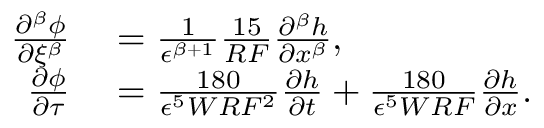
\begin{array} { r l } { \frac { \partial ^ { \beta } \phi } { \partial \xi ^ { \beta } } } & { { } = \frac { 1 } { \epsilon ^ { \beta + 1 } } \frac { 1 5 } { R F } \frac { \partial ^ { \beta } h } { \partial x ^ { \beta } } , } \\ { \frac { \partial \phi } { \partial \tau } } & { { } = \frac { 1 8 0 } { \epsilon ^ { 5 } W R F ^ { 2 } } \frac { \partial h } { \partial t } + \frac { 1 8 0 } { \epsilon ^ { 5 } W R F } \frac { \partial h } { \partial x } . } \end{array}